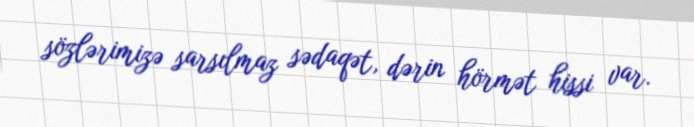
sözlərimizə sarsılmaz sədaqət, dərin hörmət hissi var.